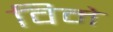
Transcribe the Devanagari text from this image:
विमे